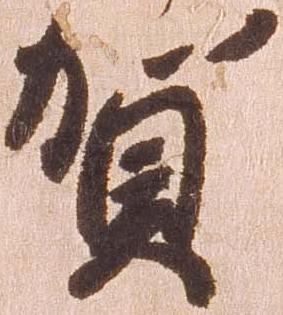
賀